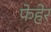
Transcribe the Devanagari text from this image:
फेहेर